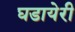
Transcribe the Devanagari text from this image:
घडायेरी